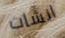
انشات